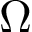
\Omega